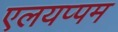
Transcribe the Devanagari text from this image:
एलयप्पम